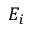
E _ { i }